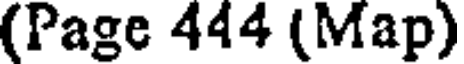
(Page 444 (Map)